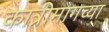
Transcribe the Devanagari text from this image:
कात्रीमागच्या